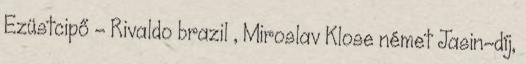
Ezüstcipő - Rivaldo brazil , Miroslav Klose német Jasin-díj,